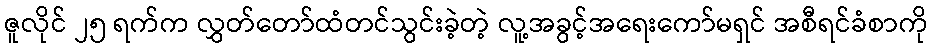
ဇူလိုင် ၂၅ ရက်က လွှတ်တော်ထံတင်သွင်းခဲ့တဲ့ လူ့အခွင့်အရေးကော်မရှင် အစီရင်ခံစာကို